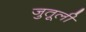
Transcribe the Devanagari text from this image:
जुतूली